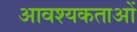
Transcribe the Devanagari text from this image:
आवश्यकताआें